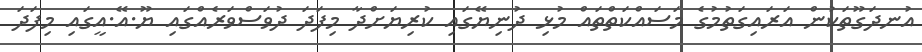
އުނދަގޫތަކުން އަރައިގަތުމުގެ މަސައްކަތްތައް މުޅި ދުނިޔޭގައި ކުރިޔަށްދާ މިފަދަ ދުވަސްވަރެއްގައި ޔޫ.އޭ.އީގައި މިފަދަ